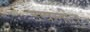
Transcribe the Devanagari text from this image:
उचलीत